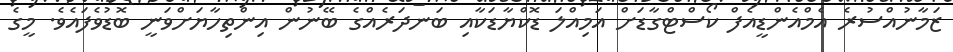
ޒަމާނުއްސުރެ އެމްއެންޑީއެފް ކޯސްޓްގާޑަށް އަމިއްލަ ޑޮކްޔާޑަކާއި ބަނދަރެއްގެ ބޭނުން އިންތިހާޔަށްވަނީ ބޮޑުވެފައެވެ. މީގެ